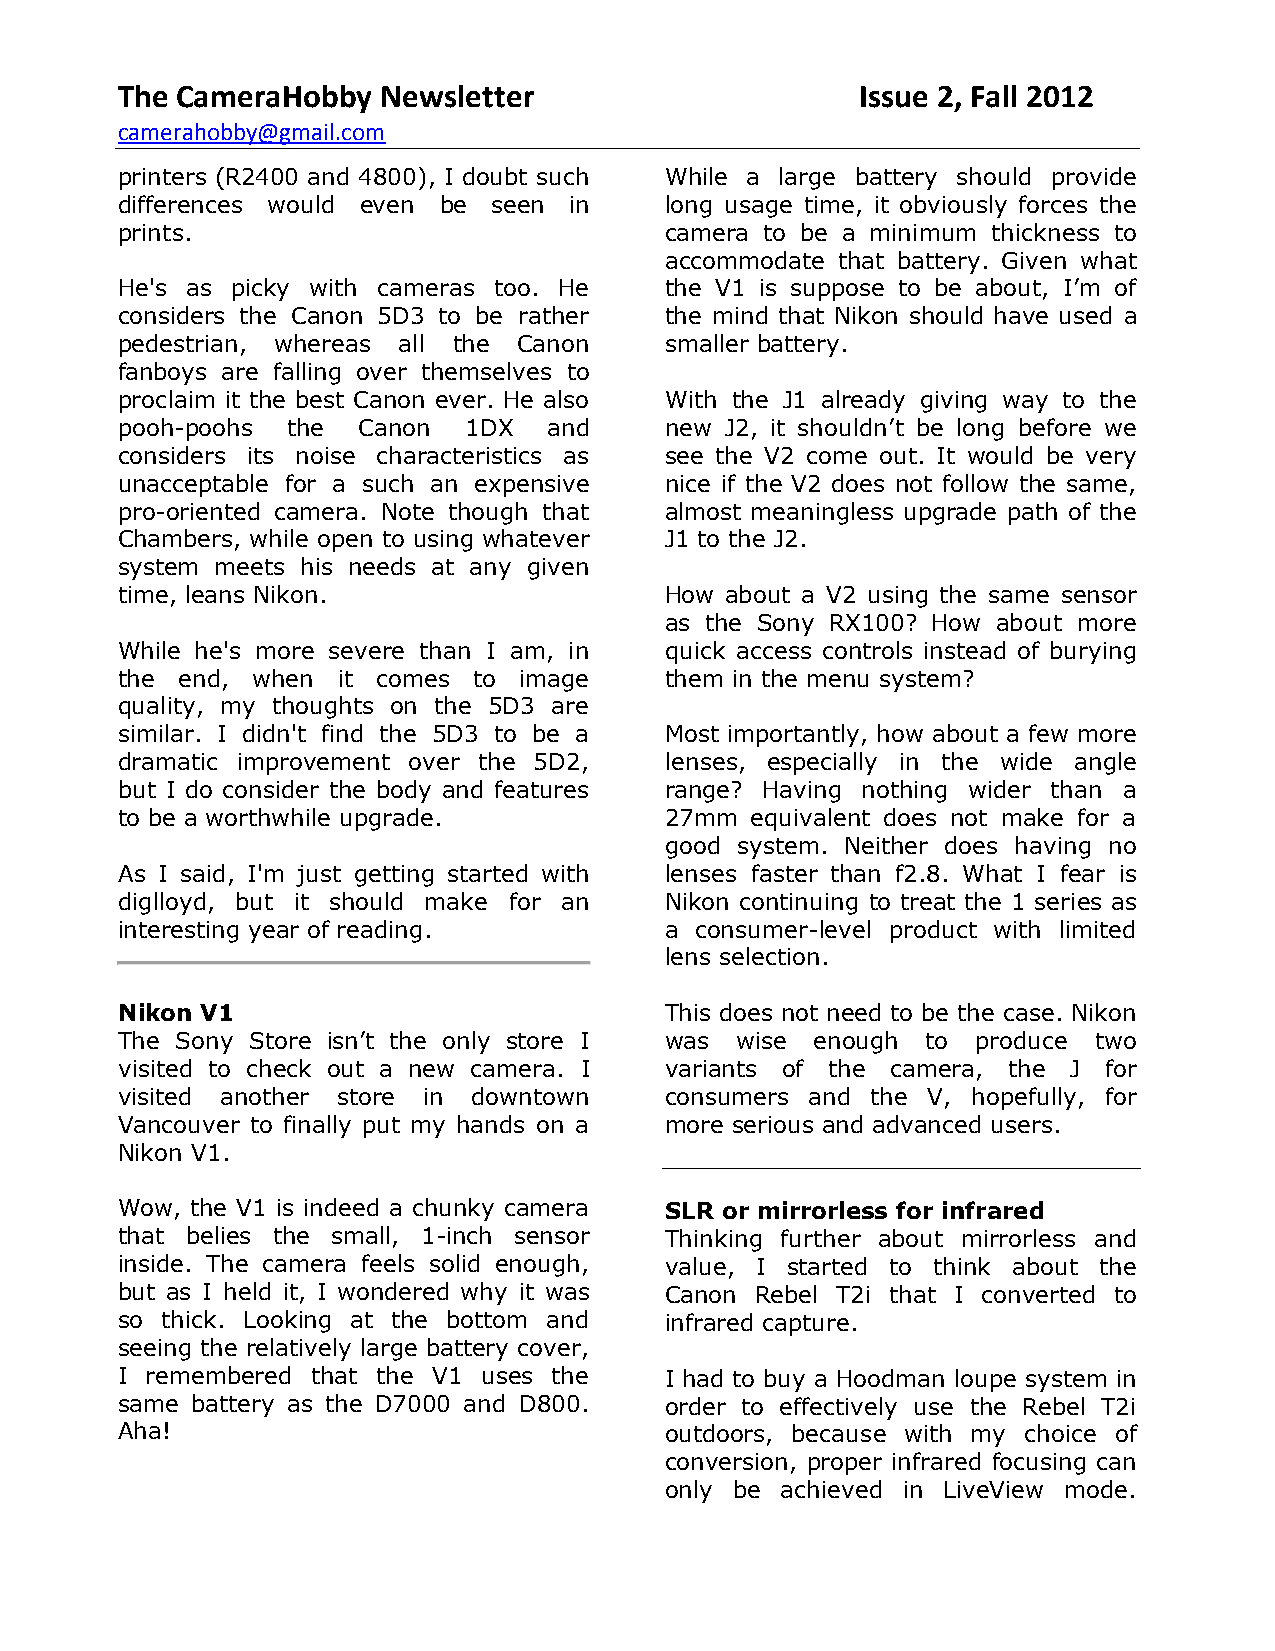
The CameraHobby  Newsletter                      Issue 2, Fall 2012
 camerahobby@gmail.com
 printers (R2400 and 4800), I doubt such While a large battery should provide
 differences would even be seen in   long usage time, it obviously forces the
 prints.                             camera to be a minimum thickness to
 accommodate that battery. Given what
 He's as picky with cameras too. He  the V1 is suppose to be about, I’m of
 considers the Canon 5D3 to be rather the mind that Nikon should have used a
 pedestrian, whereas all the Canon   smaller battery.
 fanboys are falling over themselves to
 proclaim it the best Canon ever. He also With the J1 already giving way to the
 pooh-poohs the  Canon  1DX  and     new J2, it shouldn’t be long before we
 considers its noise characteristics as see the V2 come out. It would be very
 unacceptable for a such an expensive nice if the V2 does not follow the same,
 pro-oriented camera. Note though that almost meaningless upgrade path of the
 Chambers, while open to using whatever J1 to the J2.
 system meets his needs at any given
 time, leans Nikon.                  How about a V2 using the same sensor
 as the Sony RX100? How about more
 While he's more severe than I am, in quick access controls instead of burying
 the end, when it comes to image     them in the menu system?
 quality, my thoughts on the 5D3 are
 similar. I didn't find the 5D3 to be a Most importantly, how about a few more
 dramatic improvement over the 5D2,  lenses, especially in the wide angle
 but I do consider the body and features range? Having nothing wider than a
 to be a worthwhile upgrade.         27mm  equivalent does not make for a
 good system. Neither does having no
 As I said, I'm just getting started with lenses faster than f2.8. What I fear is
 diglloyd, but it should make for an Nikon continuing to treat the 1 series as
 interesting year of reading.        a consumer-level product with limited
 lens selection.
 Nikon V1                            This does not need to be the case. Nikon
 The Sony Store isn’t the only store I was wise enough to produce two
 visited to check out a new camera. I variants of the camera, the J for
 visited another store in downtown   consumers and the V, hopefully, for
 Vancouver to finally put my hands on a more serious and advanced users.
 Nikon V1.
 Wow, the V1 is indeed a chunky camera SLR or mirrorless for infrared
 that belies the small, 1-inch sensor Thinking further about mirrorless and
 inside. The camera feels solid enough, value, I started to think about the
 but as I held it, I wondered why it was Canon Rebel T2i that I converted to
 so thick. Looking at the bottom and infrared capture.
 seeing the relatively large battery cover,
 I remembered that the V1 uses the   I had to buy a Hoodman loupe system in
 same battery as the D7000 and D800. order to effectively use the Rebel T2i
 Aha!                                outdoors, because with my choice of
 conversion, proper infrared focusing can
 only be achieved in LiveView mode.